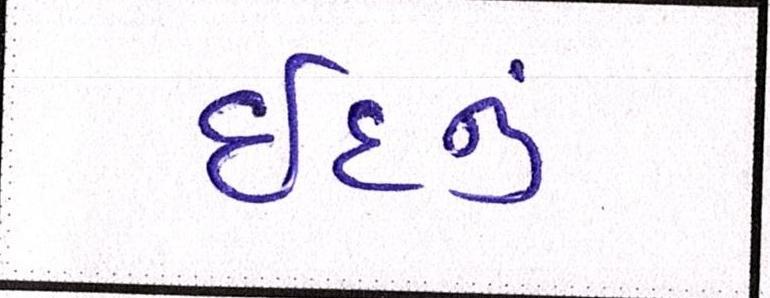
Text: ઇદનું